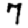
Digit: 7